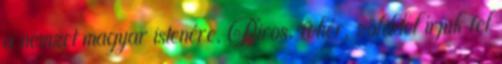
a nemzet magyar istenére, Piros, fehér, zölddel írjuk fel